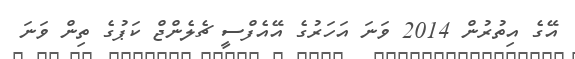
އޭގެ އިތުރުން 2014 ވަނަ އަހަރުގެ އޭއެފްސީ ޗެލެންޖް ކަޕުގެ ތިން ވަނަ